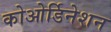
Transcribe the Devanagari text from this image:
कोओर्डिनेशन